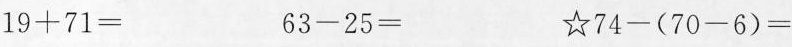
$$19+71= $$$$63-25= $$$$74-(70-6)=$$